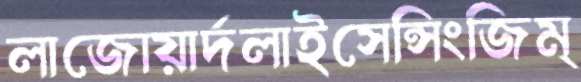
লাজোয়ার্দলাইসেন্সিংজিম্